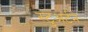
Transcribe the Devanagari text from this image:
स्टुअर्टने